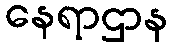
နေရာဌာန